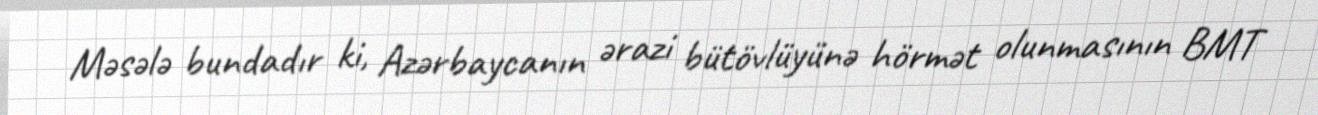
Məsələ bundadır ki, Azərbaycanın ərazi bütövlüyünə hörmət olunmasının BMT